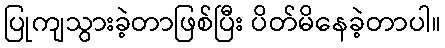
ပြုကျသွားခဲ့တာဖြစ်ပြီး ပိတ်မိနေခဲ့တာပါ။